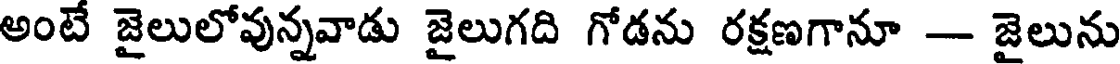
అంటే జైలులోవున్నవాడు జైలుగది గోడను రక్షణగానూ - జైలును